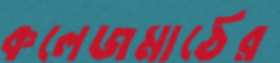
কলেজমাঠের